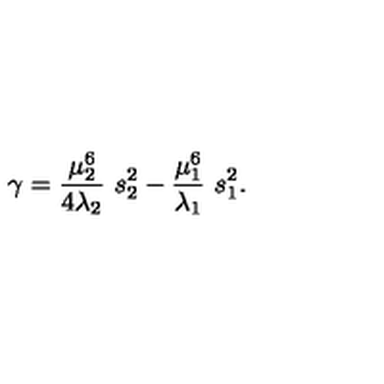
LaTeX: \gamma = \frac { \mu _ { 2 } ^ { 6 } } { 4 \lambda _ { 2 } } \ s _ { 2 } ^ { 2 } - \frac { \mu _ { 1 } ^ { 6 } } { \lambda _ { 1 } } \ s _ { 1 } ^ { 2 } .